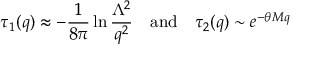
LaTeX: \tau _ { 1 } ( q ) \approx - \frac { 1 } { 8 \pi } \ln \frac { \Lambda ^ { 2 } } { q ^ { 2 } } \quad \mathrm { a n d } \quad \tau _ { 2 } ( q ) \sim e ^ { - \theta M q }